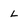
Character: L